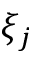
\xi _ { j }